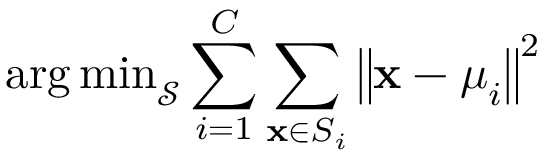
\operatorname { a r g \, m i n } _ { \mathcal { S } } \sum _ { i = 1 } ^ { C } \sum _ { \mathbf x \in S _ { i } } \left\| \mathbf x - \boldsymbol \mu _ { i } \right\| ^ { 2 }